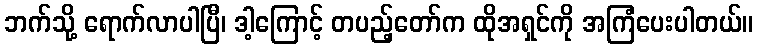
ဘက်သို့ ရောက်လာပါပြီ၊ ဒါ့ကြောင့် တပည့်တော်က ထိုအရှင်ကို အကြံပေးပါတယ်။